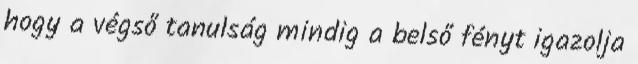
hogy a végső tanulság mindig a belső fényt igazolja